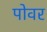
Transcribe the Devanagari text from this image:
पोवर